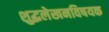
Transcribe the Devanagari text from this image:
शुद्धलेखनविषयक